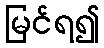
မြင်ရ၍